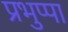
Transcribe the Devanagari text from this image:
प्रभुप्पा